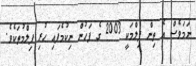
ނަމަވެސް އެ ތިން ފިލްމަކީ 2003 ގެ ފަހުން ނިކުމެފައި ހުރި ފިލްމުތަކެވެ.